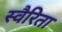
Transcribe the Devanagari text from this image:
स्वैरिता